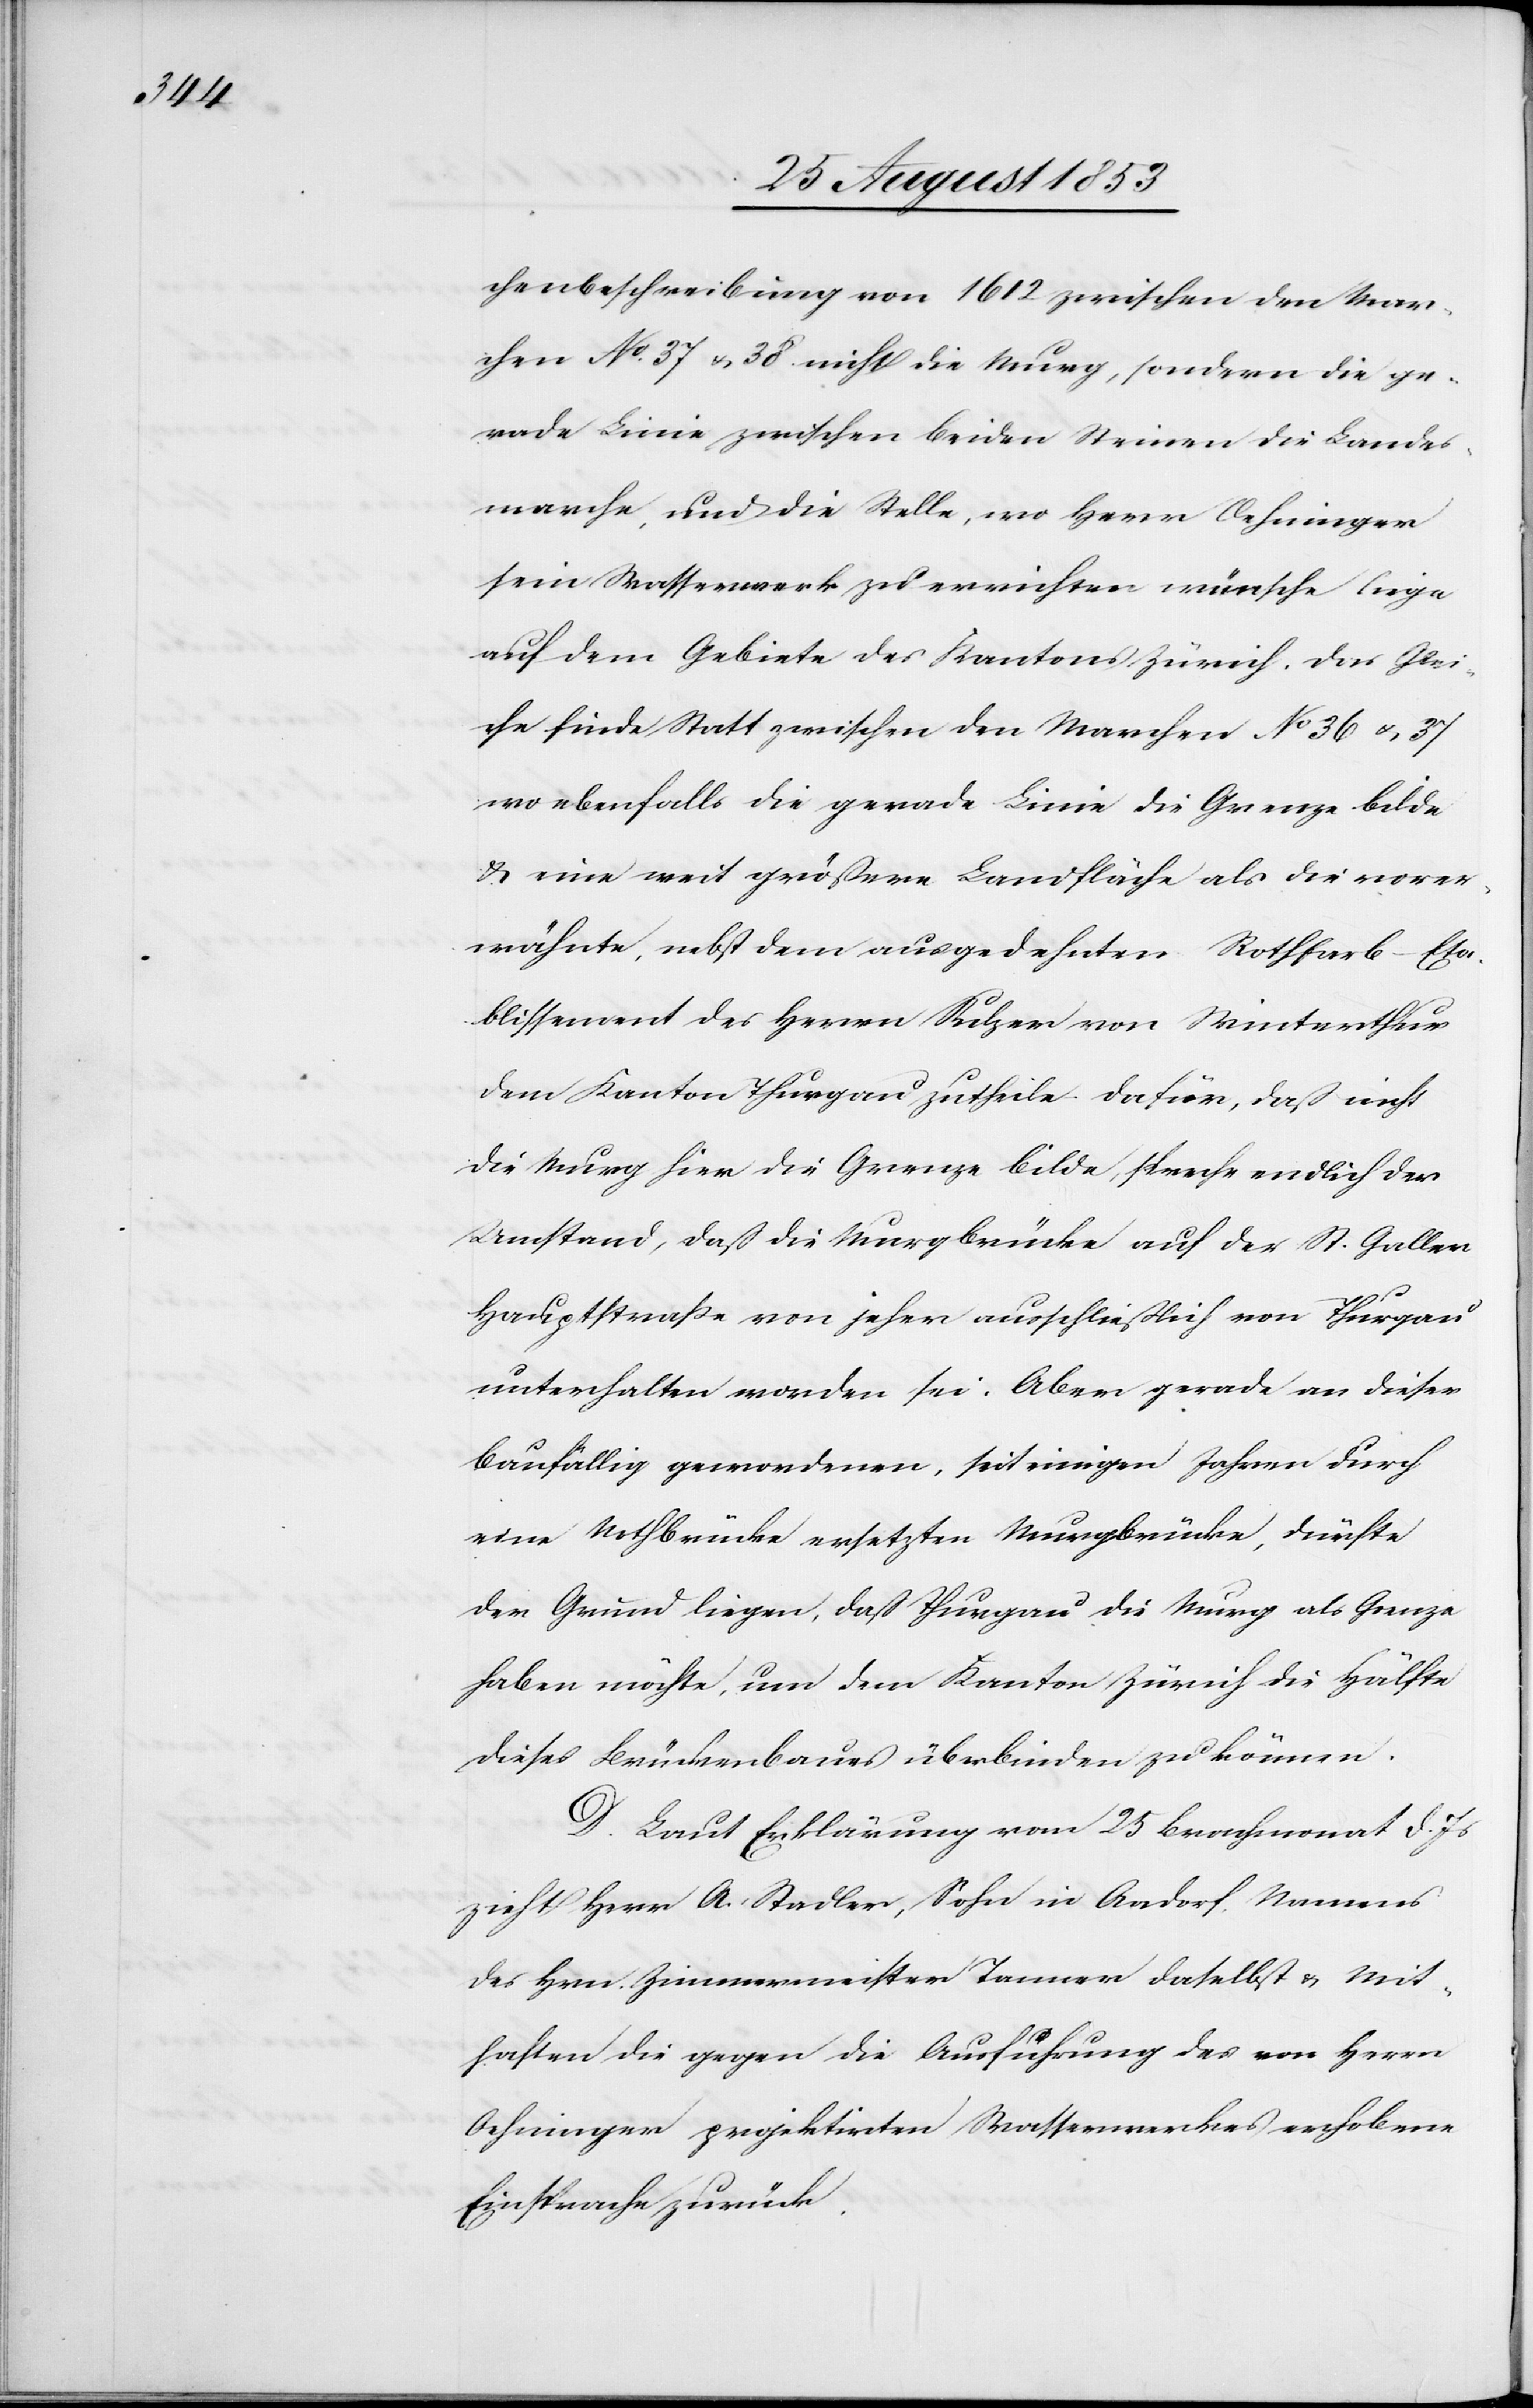
chenbeschreibung von 1612 zwischen den Mar¬
chen N° 37 u. 38 nicht die Murg, sondern die ge¬
rade Linie zwischen beiden Steinen die Landes¬
marche, und die Stelle, wo Herr Oehninger
sein Wasserwerk zu errichten wünsche liege
auf dem Gebiete des Kantons Zürich. Das Glei¬
che finde Statt zwischen den Marchen N° 36 u. 37
wo ebenfalls die gerade Linie die Grenze bilde
u. eine weit größere Landfläche als die vorer¬
wähnte, nebst dem ausgedehnten Rothfarb-Eta¬
blissement des Herrn Sulzer von Winterthur
dem Kanton Thurgau zutheile. Dafür, daß nicht
die Murg hier die Grenze bilde, spreche endlich der
Umstand, daß die Murgbrücke auf der St. Galler
Hauptstraße von jeher ausschließlich von Thurgau
unterhalten worden sei. Aber gerade an dieser
baufällig gewordenen, seit einigen Jahren durch
eine Nothbrücke ersetzten Murgbrücke, dürfte
der Grund liegen, daß Thurgau die Murg als Grenze
haben möchte, um dem Kanton Zürich die Hälfte
dieses Brückenbaues überbinden zu können.
D. Laut Erklärung vom 25 Brachmonat d. Js.
zieht Herr A. Stadler, Sohn in Aadorf Namens
des Hrn. Zimmermeister Tanner daselbst u. Mit¬
haften die gegen die Ausführung des von Herrn
Oehninger projektirten Wasserwerkes erhobene
Einsprache zurück.